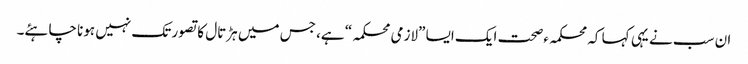
ان سب نے یہی کہا کہ محکمہءصحت ایک ایسا ”لازمی محکمہ“ ہے، جس میں ہڑتال کا تصور تک نہیں ہونا چاہئے۔